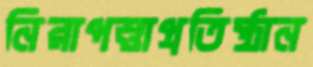
নিরাপত্তাপ্রতিষ্ঠান